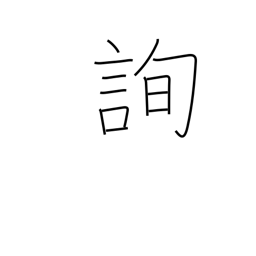
Meaning: consult with